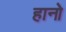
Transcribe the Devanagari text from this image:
हानो